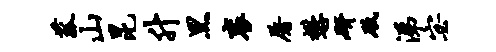
菰山昆升黑衮屠懋研砥涕宓